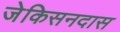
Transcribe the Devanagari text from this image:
जेकिसनदास